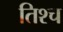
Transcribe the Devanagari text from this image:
तिश्च